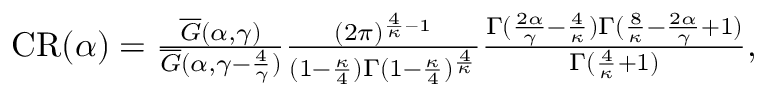
\begin{array} { r } { \mathrm { { C R } } ( \alpha ) = \frac { \overline { G } ( \alpha , \gamma ) } { \overline { G } ( \alpha , \gamma - \frac { 4 } { \gamma } ) } \frac { ( 2 \pi ) ^ { \frac { 4 } { \kappa } - 1 } } { ( 1 - \frac { \kappa } { 4 } ) \Gamma ( 1 - \frac { \kappa } { 4 } ) ^ { \frac { 4 } { \kappa } } } \frac { \Gamma ( \frac { 2 \alpha } { \gamma } - \frac { 4 } { \kappa } ) \Gamma ( \frac { 8 } { \kappa } - \frac { 2 \alpha } { \gamma } + 1 ) } { \Gamma ( \frac { 4 } { \kappa } + 1 ) } , } \end{array}